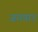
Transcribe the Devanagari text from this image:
जगन्नाद